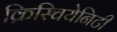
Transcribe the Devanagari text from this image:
क्रिस्चियेनिटी